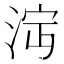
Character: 𣴩